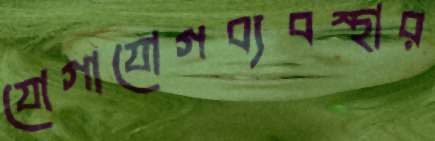
যোগাযোগব্যবস্থার